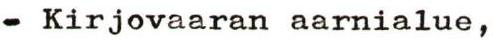
- Kirjovaaran aarnialue,